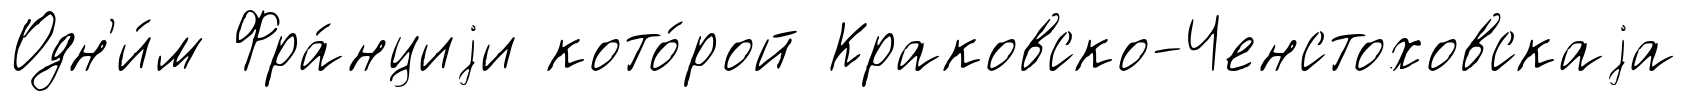
Одн'и́м Фра́нциjи кото́рой Краковско-Ченстоховскаjа